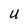
Character: U